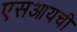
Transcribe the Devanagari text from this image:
एसआयची